Kuressaare_kinnistusamet, lk 10
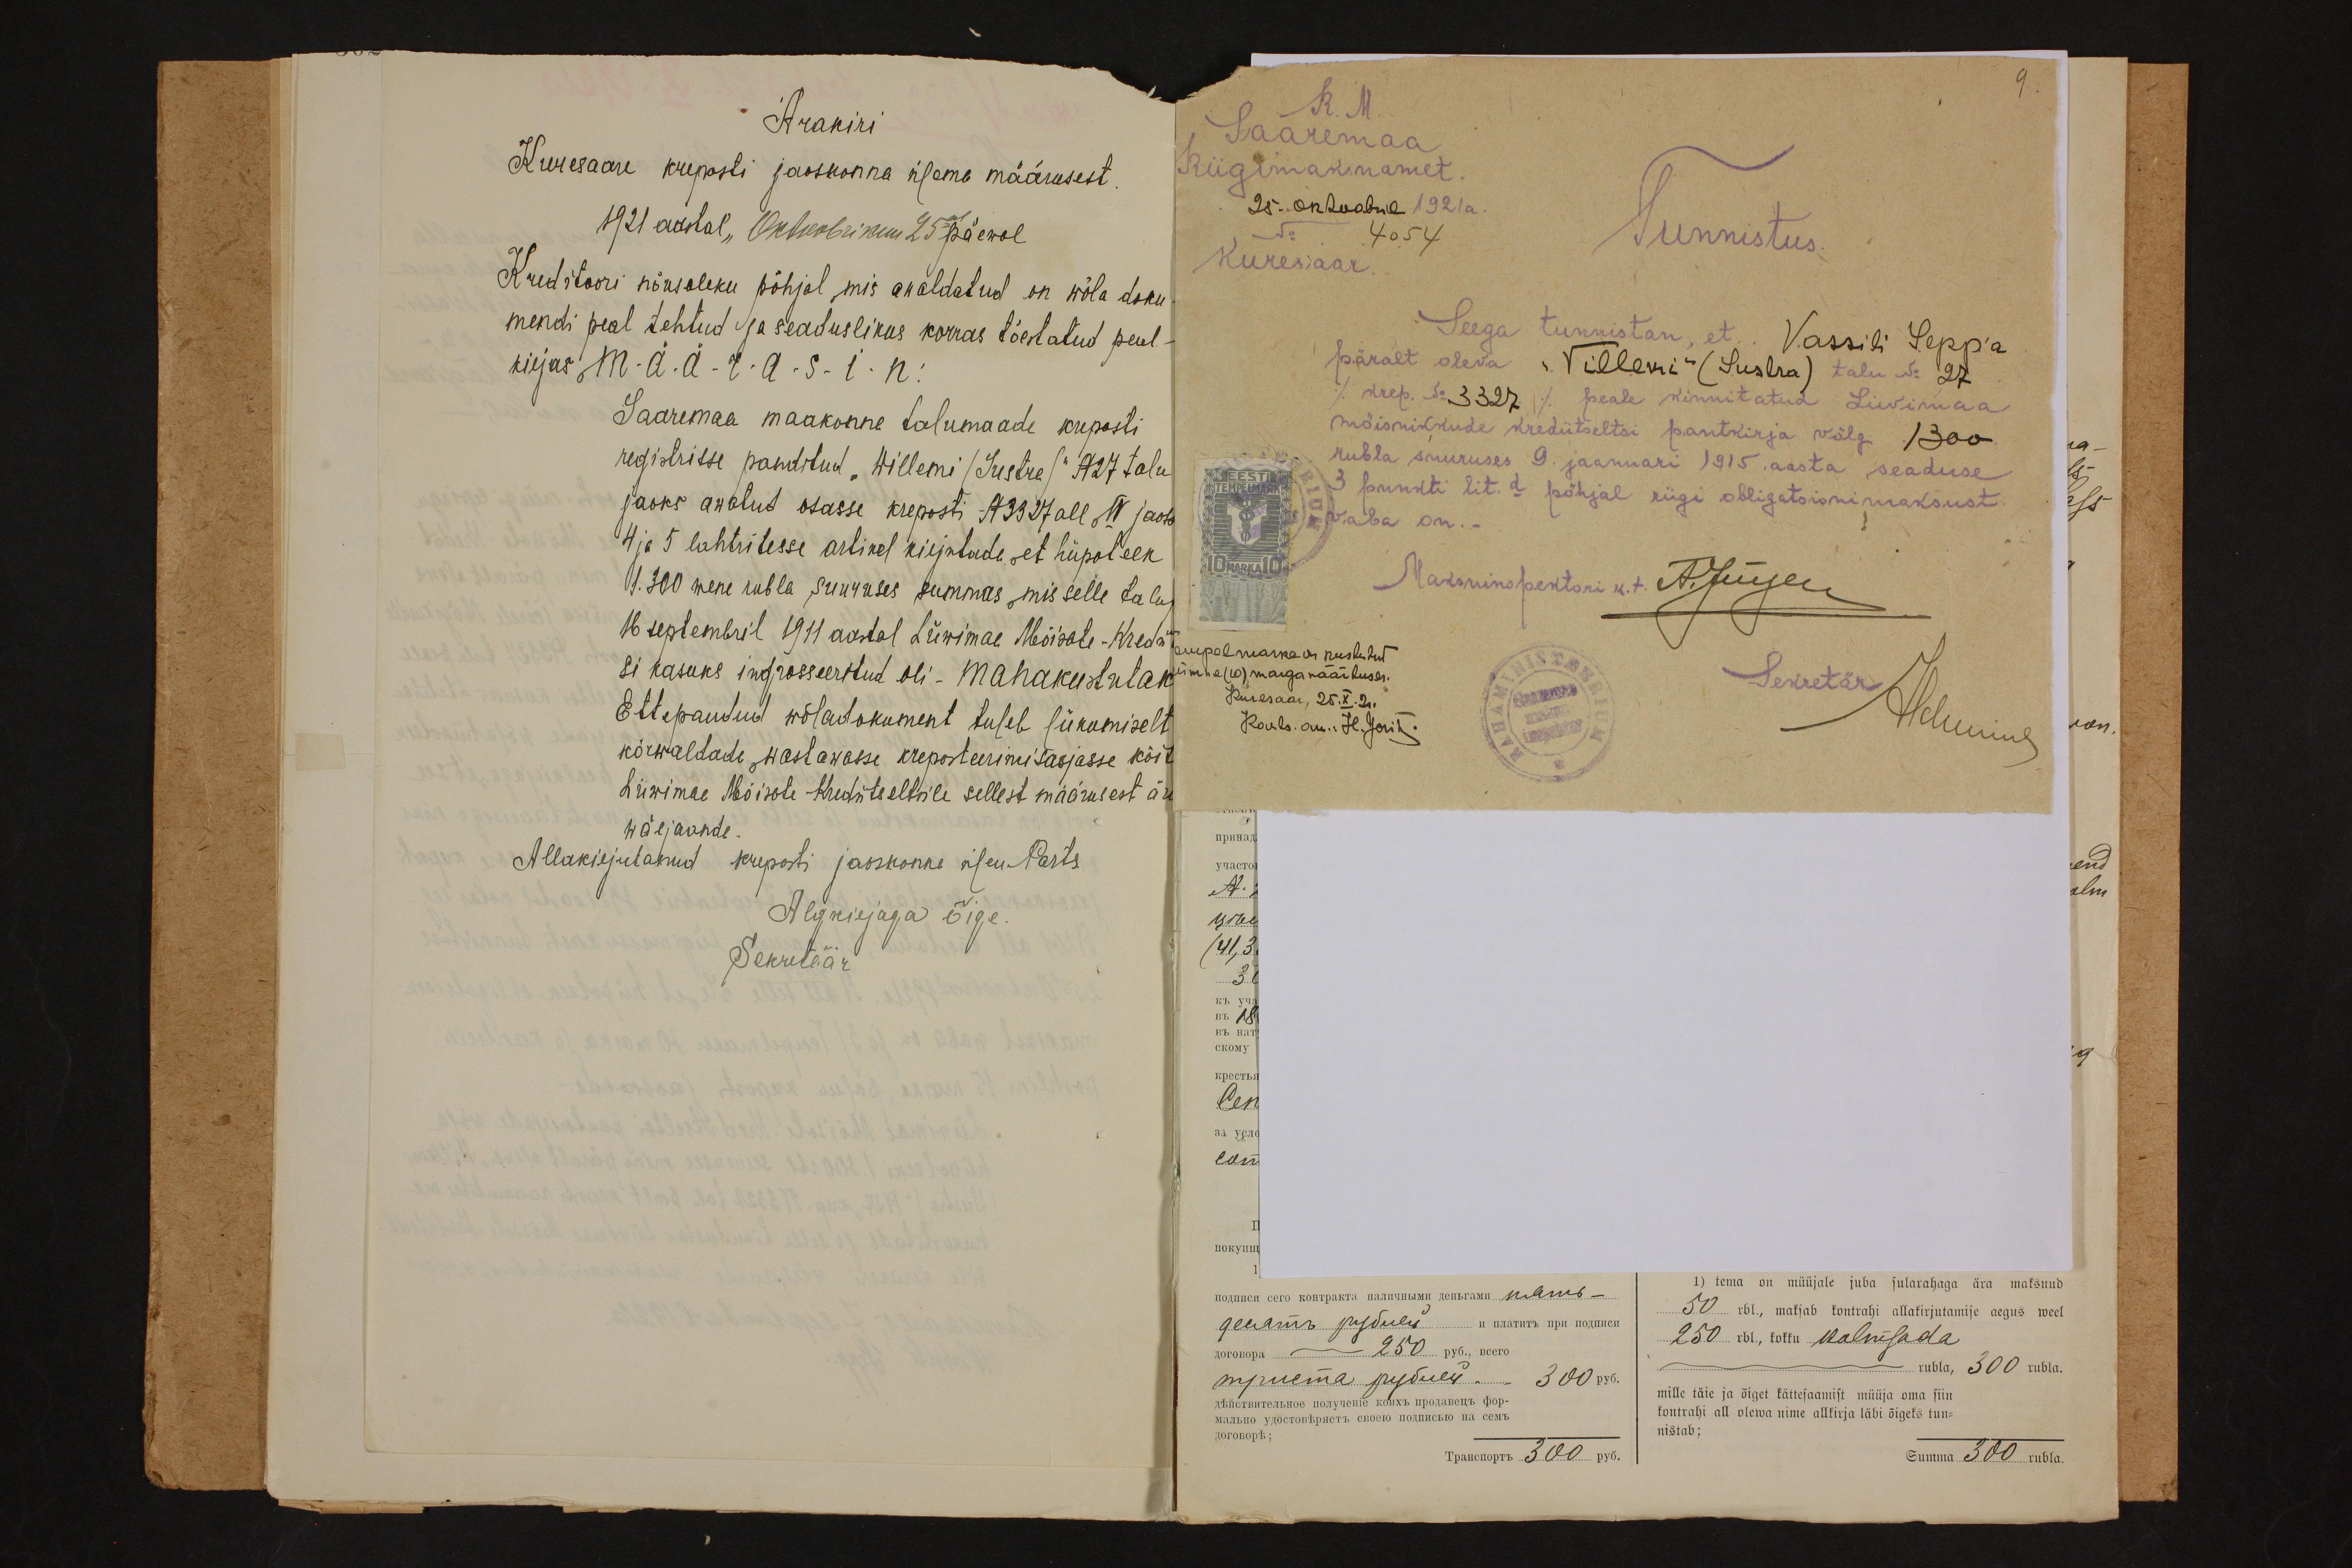
9.

Ärakiri
Kuresaare kreposti jaoskonna ülema määrusest
1921 aastal "Oktoobrikuu 25 päewal
Kreditoori nõusoleku põhjal mis avaldatud on wõla doku-
mendi peal tehtud ja seaduslikus korras tõestatud peal-
kirjas, M-Ä-Ä-R-A-S-I-N:
Saaremaa maakonna talumaade kreposti
registrisse panditud "Willemi /Sustre/ "A27 talu
jaoks awatud osasse kreposti A3327 all, IV jaots
4 ja 5 lahtritesse artikel kirjutada, et hüpoteek
1.300 wene rubla suuruses summas, mis selle talu
16 septembril 1911 aastal Liiwimaa Mõisate-Kredii-
si kasuks ingrosseeritud oli - mahakustutak
Ettepandud wõladokument tuleb liikumiselt
kõrwaldada wastawasse kreposteerimisasjasse kõita
Liiwimaa Mõisale Kredritseltsile sellest määrusest ära
wäljaande.
Allakirjutanud kreposti jaoskonna ülem Parts
Algkirjaga õige.
Sekretäär

R. M.
Saaremaa
Riigimaksuamet.
25. oktoobril 1921 a.
No
4054
Kuressaar.
Tunnistus.
Seega tunnistan, et Vassili Sepp'a
päralt oleva "Villemi" (Lustra) talu No 27
/ krep. No 3327 / peale kinnitatud Liivimaa
mõisnikkude krediitseltsi pantkirja võlg 1300
rubla suuruses 9. jaanuari 1915 aasta seaduse
3 punkti lit. d põhjal riigi obligatsionimaksust.
vaba on.-
Maksinpektori k.t.
A. Jüige
tempelmarka on makstud
Helunius
ümne (10) marga väärtuses.
Sekretär
Kuresaar, 25.X.2.
Kools. am.: H. Jorik.